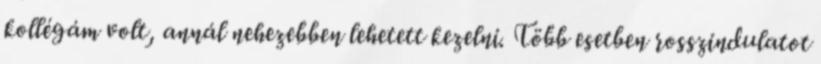
kollégám volt, annál nehezebben lehetett kezelni. Több esetben rosszindulatot